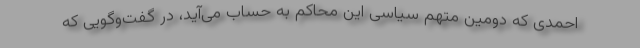
احمدی که دومین متهم سیاسی این محاکم به حساب می‌آید، در گفت‌وگویی که